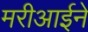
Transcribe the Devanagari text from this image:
मरीआईने